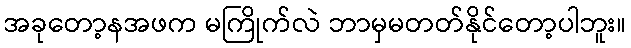
အခုတော့နအဖက မကြိုက်လဲ ဘာမှမတတ်နိုင်တော့ပါဘူး။